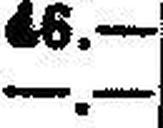
—.—